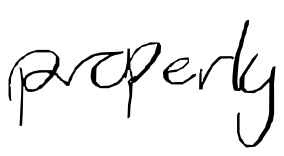
Text: properly
Cross-out: clean
Writing tool: digital_black